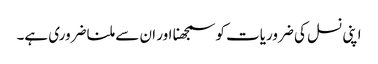
اپنی نسل کی ضروریات کو سمجھنا اور ان سے ملنا ضروری ہے۔